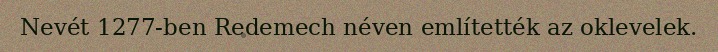
Nevét 1277-ben Redemech néven említették az oklevelek.